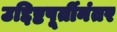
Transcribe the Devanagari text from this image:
उद्दिष्टपूर्तीनंतर